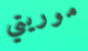
موريتي